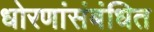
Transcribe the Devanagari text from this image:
धोरणांसंबंधित